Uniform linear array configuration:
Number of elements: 4
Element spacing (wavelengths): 0.25
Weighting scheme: hamming
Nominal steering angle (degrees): -15
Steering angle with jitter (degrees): -14.297
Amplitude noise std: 0.05
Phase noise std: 0.05

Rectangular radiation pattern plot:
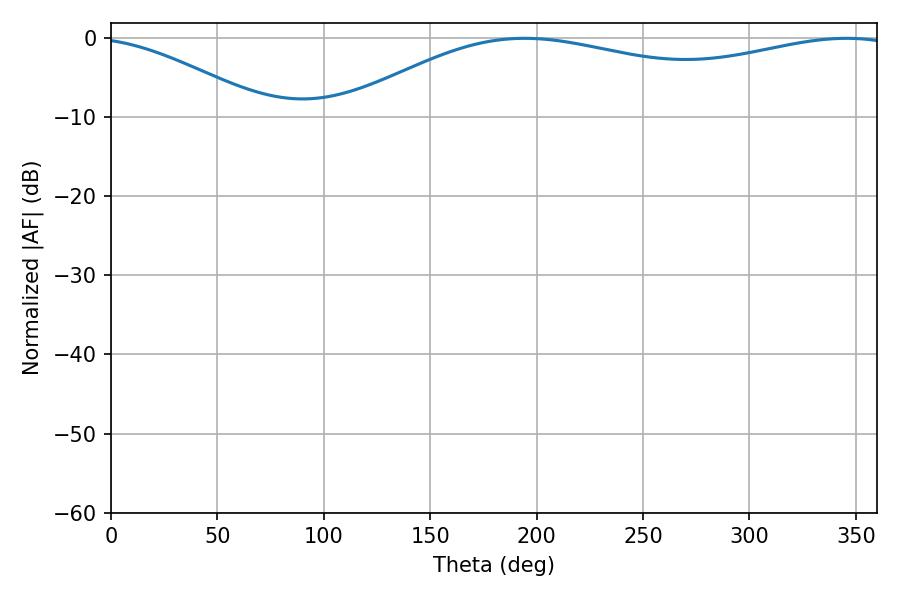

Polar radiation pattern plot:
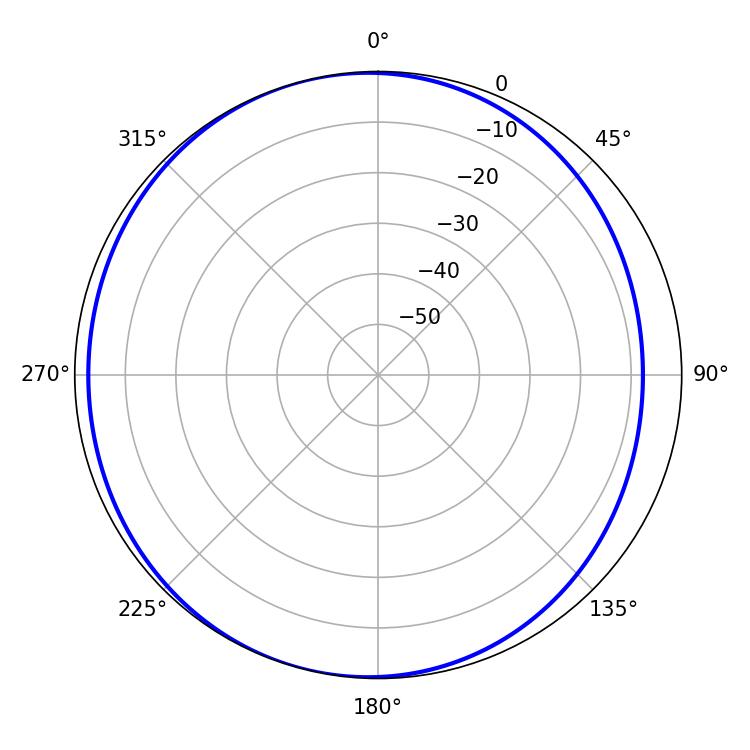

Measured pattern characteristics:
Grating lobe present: FALSE
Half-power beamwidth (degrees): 213.12
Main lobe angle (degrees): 194.4